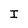
Character: I